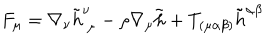
F _ { \mu } = \nabla _ { \nu } \tilde { h } _ { ~ \mu } ^ { \nu } - \rho \nabla _ { \mu } \tilde { h } + T _ { ( \mu \alpha \beta ) } \tilde { h } ^ { \alpha \beta }